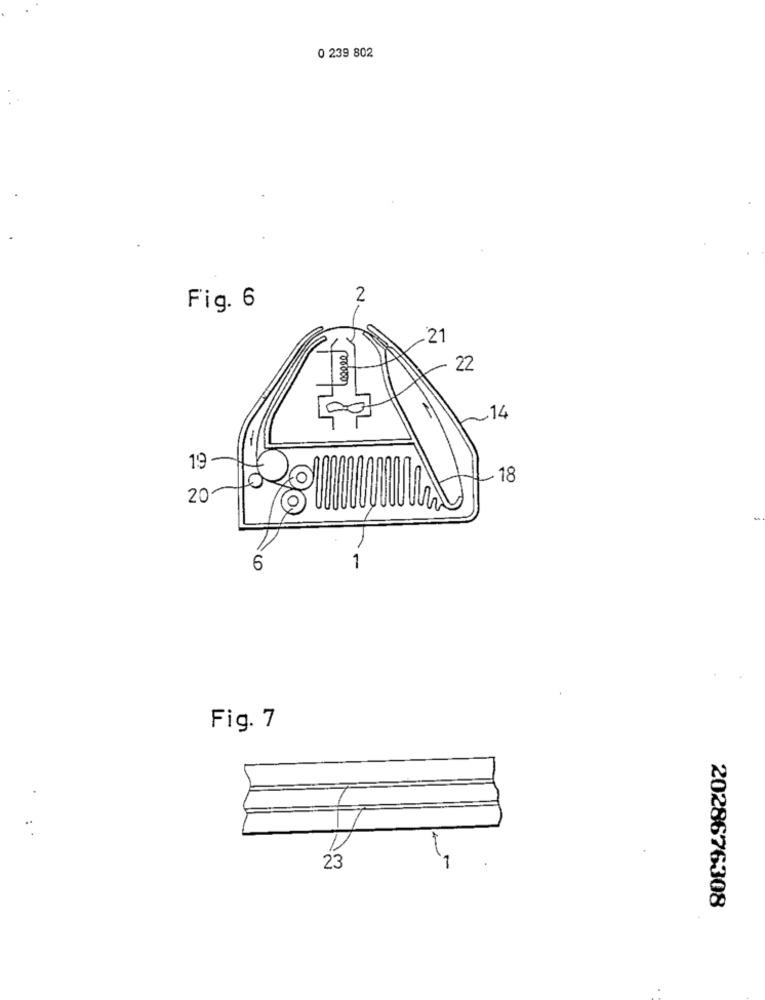
0 239 802
2
Fig. 6
-21
22
00000
~14
19
18
20
6
1
Fig. 7
23
2028676308